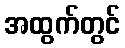
အထွက်တွင်